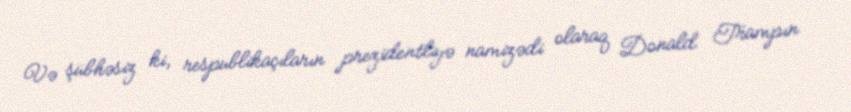
Və şübhəsiz ki, respublikaçıların prezidentliyə namizədi olaraq Donald Trampın